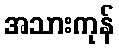
အသားကုန်